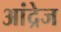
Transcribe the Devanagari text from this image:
आंद्रेज